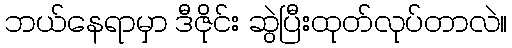
ဘယ်နေရာမှာ ဒီဇိုင်း ဆွဲပြီးထုတ်လုပ်တာလဲ။